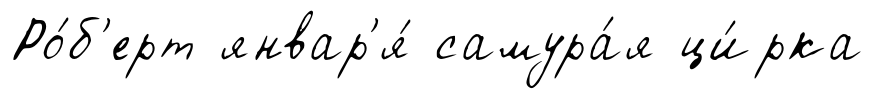
Ро́б'ерт январ'я́ самура́я ци́рка